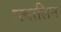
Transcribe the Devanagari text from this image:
प्त्यालिन